Leningradi_Edasi_toimetus, lk 196
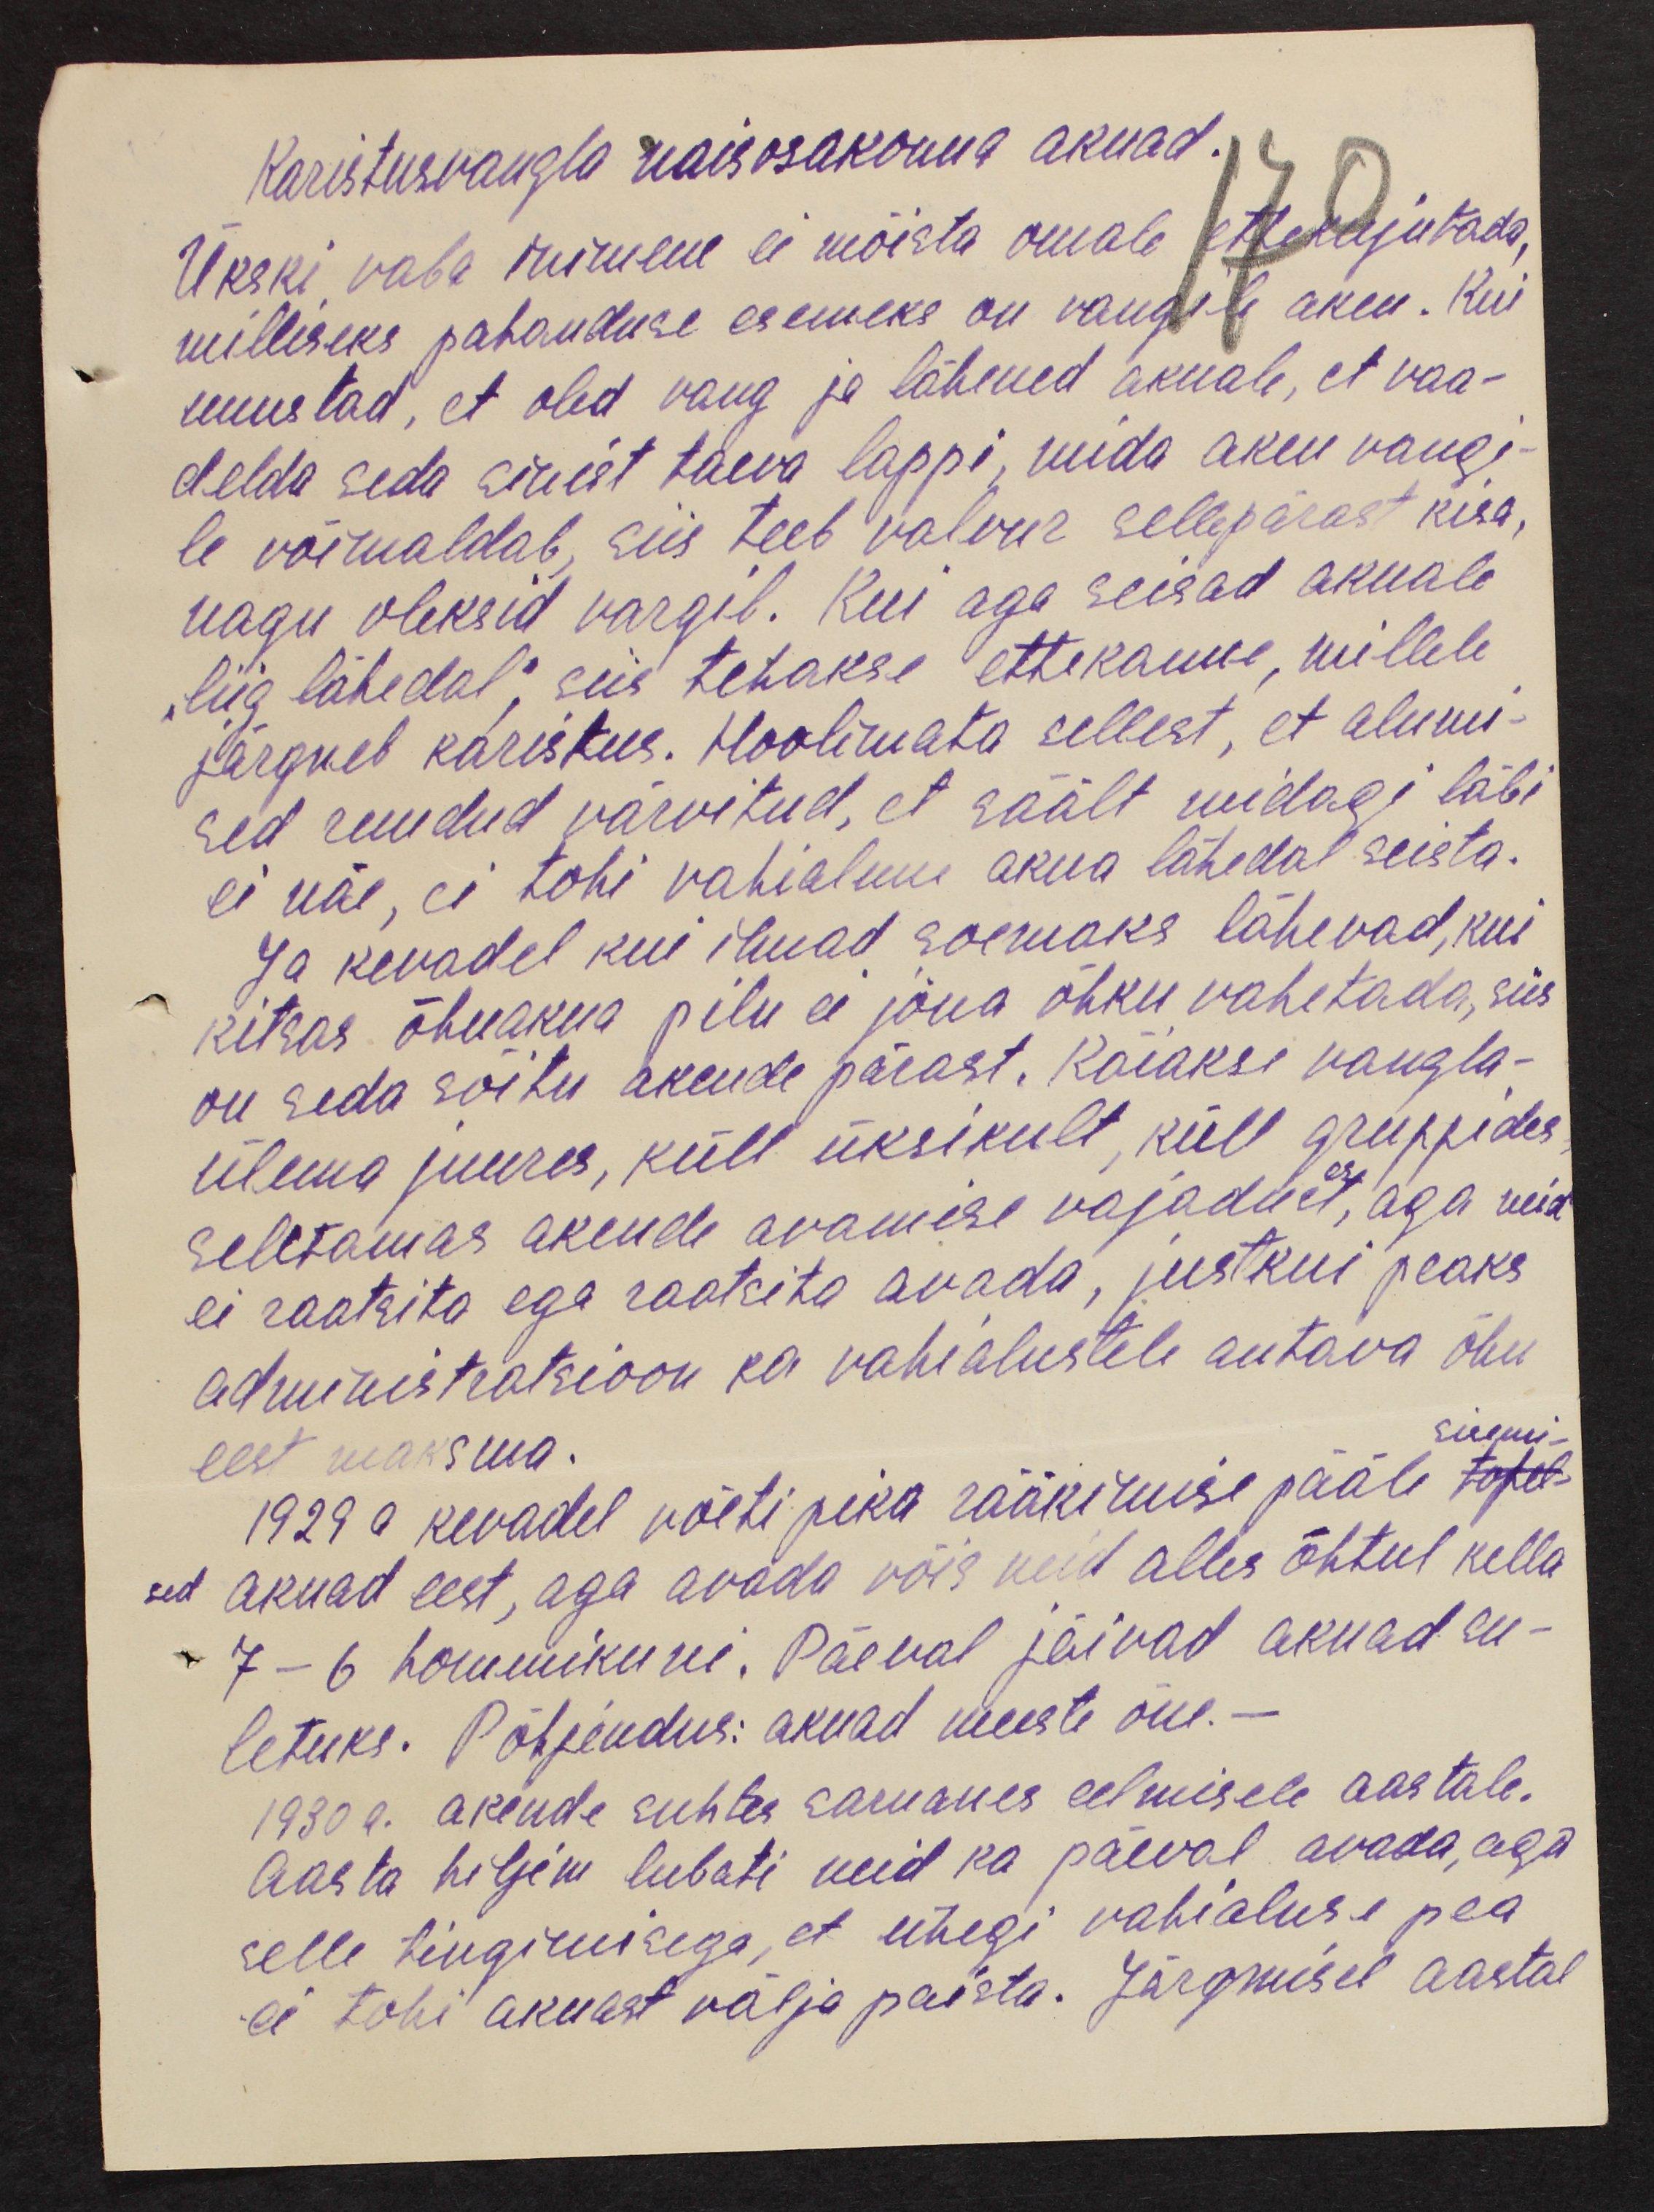
Karistusvangla naisosakonna aknad.
Ükski vaba inimene ei mõista omale ettekujutada,
milliseks pahanduse esemeks on vangile aken. Kui
unustad, et oled vang ja lähened aknale, et vaa-
delda seda sinist taeva lappi, mida aken vangi-
le võimaldab, siis teeb valvur sellepärast kisa,
nagu oleksid vargil. Kui aga seisad aknale
liig lähedal; siis tehakse ettekanne, millele
järgneb karistus. Hoolimata sellest, et alumi-
sed ruudud värvitud, et säält midagi läbi
ei näe, ei tohi vahialune akna lähedal seista.
Ja kevadel kui ilmad soemaks lähevad, kui
kitsas õhuakna pilu ei jõua õhku vahetada, siis
on seda sõitu akende pärast. Käiakse vangla-
ülema juures, küll üksikult, küll gruppides,
seletamas akende avamise vajadust, aga neid
ei raatsita ega raatsita avada, justkui peaks
administratsioon ka vahialustele antava õhu
eest maksma.
1929 a kevadel võeti pika rääkimise pääle topel-
sed aknad eest, aga avada võis neid alles õhtul kella
7 - 6 hommikuni. Päeval jäivad aknad su-
letuks. Põhjendus: aknad meeste õue.-
1930 a. akende suhtes sarnanes eelmisele aastale.
Aasta hiljem lubati neid ka päeval avada, aga
selle tingimisega, et ühegi vahialuse pea
ei tohi aknast välja paista. Järgmisel aastal